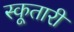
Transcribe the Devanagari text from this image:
स्कूतारी